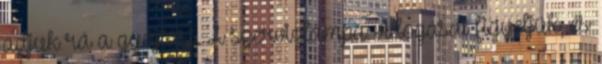
adjuk rá a gyújtást. A szervizlámpa villogását figyeljük, és